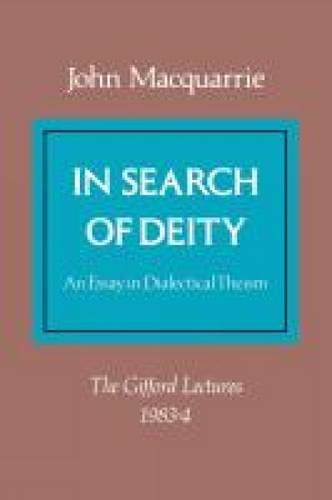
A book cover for In Search of Deity (Gifford Lectures); John Macquarrie; Religion & Spirituality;